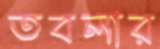
তবলার